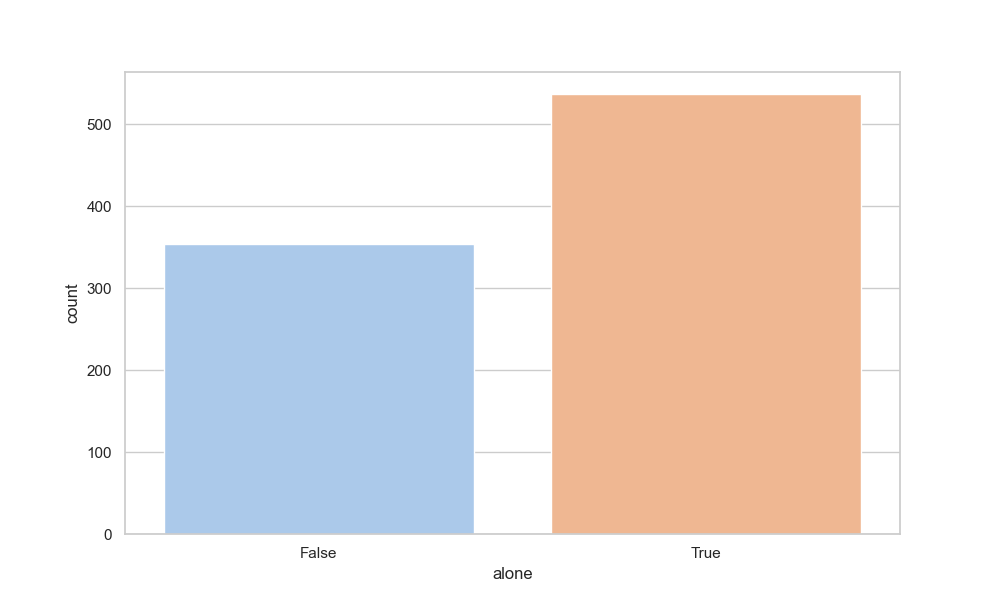
python, seaborn, countplot, x='alone', palette='pastel', hue='None'